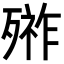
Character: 𣩋